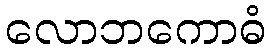
လောဘကောဓံ